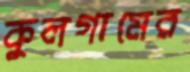
কুলগামের